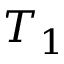
T _ { 1 }